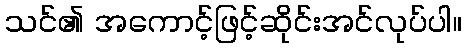
သင်၏ အကောင့်ဖြင့်ဆိုင်းအင်လုပ်ပါ။